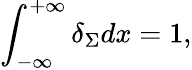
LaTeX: \int_{-\infty}^{+\infty}{{\delta_{\Sigma}}dx}=1,